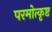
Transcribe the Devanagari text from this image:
परमोत्कृष्ट